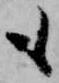
も